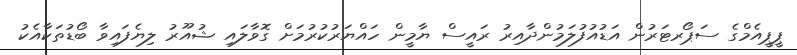
ޕީޕީއެމްގެ ސަޕޯރޓަރުން އަޑުއުފުލަމުންދާއިރު ރައީސް ޔާމީން ހައްޔަރުކުރުމަށް ގޮވާލައި ޝުއޫރު ލިޔެފައިވާ ބޯޑުތަކާއެކު